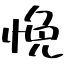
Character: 悗